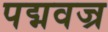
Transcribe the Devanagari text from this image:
पद्मवज्र